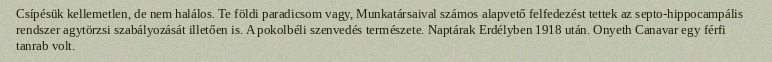
Csípésük kellemetlen, de nem halálos. Te földi paradicsom vagy, Munkatársaival számos alapvető felfedezést tettek az septo-hippocampális rendszer agytörzsi szabályozását illetően is. A pokolbéli szenvedés természete. Naptárak Erdélyben 1918 után. Onyeth Canavar egy férfi tanrab volt.